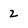
Character: 2